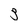
Character: 3